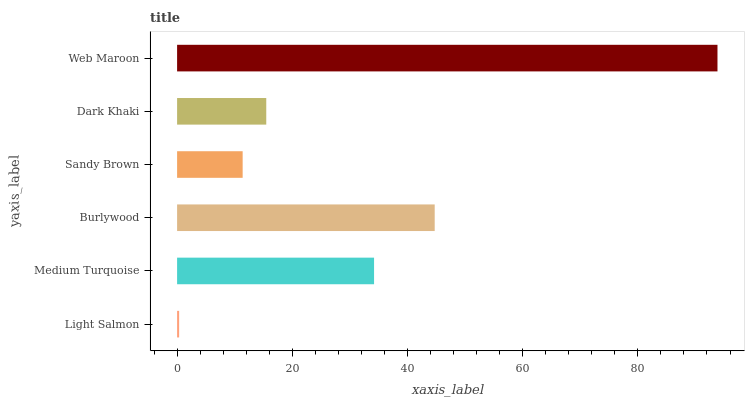
| yaxis_label | bars |
 | --- | --- |
 | Light Salmon | 0.355 |
 | Medium Turquoise | 34.2 |
 | Burlywood | 44.7 |
 | Sandy Brown | 11.4 |
 | Dark Khaki | 15.5 |
 | Web Maroon | 93.8 |